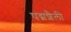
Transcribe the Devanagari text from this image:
पद्मशैली